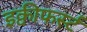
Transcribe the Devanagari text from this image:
इक्वीफर्स्ट